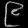
Digit: ၉